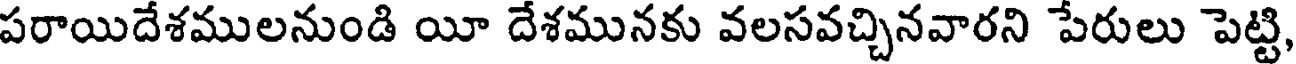
పరాయిదేశములనుండి యీ దేశమునకు వలసవచ్చినవారని పేరులు పెట్టి